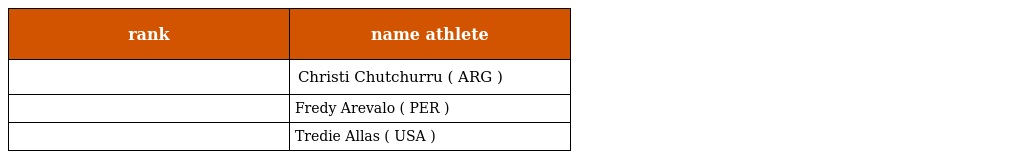
| rank | name athlete |
 | --- | --- |
 |  | Christi Chutchurru ( ARG ) |
 |  | Fredy Arevalo ( PER ) |
 |  | Tredie Allas ( USA ) |